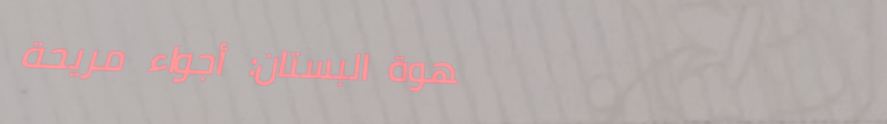
قهوة البستان: أجواء مريحة